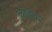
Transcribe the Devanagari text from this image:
कार्डवर